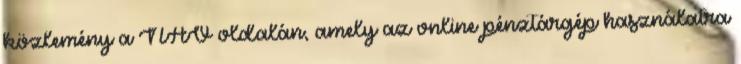
közlemény a NAV oldalán, amely az online pénztárgép használatra